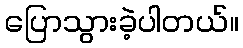
ပြောသွားခဲ့ပါတယ်။